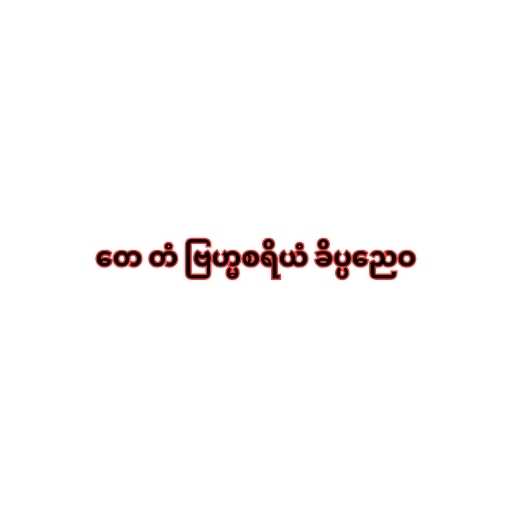
တေ တံ ဗြဟ္မစရိယံ ခိပ္ပညေဝ